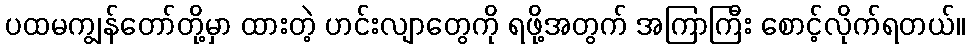
ပထမကျွန်တော်တို့မှာ ထားတဲ့ ဟင်းလျာတွေကို ရဖို့အတွက် အကြာကြီး စောင့်လိုက်ရတယ်။